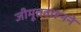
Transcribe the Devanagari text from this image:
जीमूतवाहनने